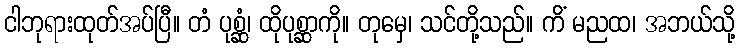
ငါဘုရားထုတ်အပ်ပြီ။ တံ ပုစ္ဆံ၊ ထိုပုစ္ဆာကို။ တုမှေ၊ သင်တို့သည်။ ကိံ မညထ၊ အဘယ်သို့